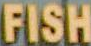
FISH